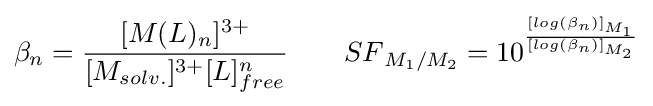
{\begin{aligned}{\beta }_{n}={\frac {[M(L)_{n}]^{3+}}{[M_{solv.}]^{3+}[L]_{free}^{n}}}\qquad {SF}_{M_{1}/M_{2}}=10^{\frac {[log(\beta _{n})]_{M_{1}}}{[log(\beta _{n})]_{M_{2}}}}\end{aligned}}